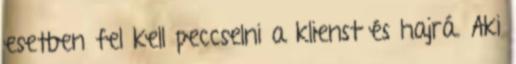
esetben fel kell peccselni a klienst és hajrá. Aki